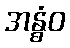
အန္ဓံဝ